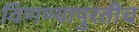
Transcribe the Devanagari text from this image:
विणण्यापुरतीच